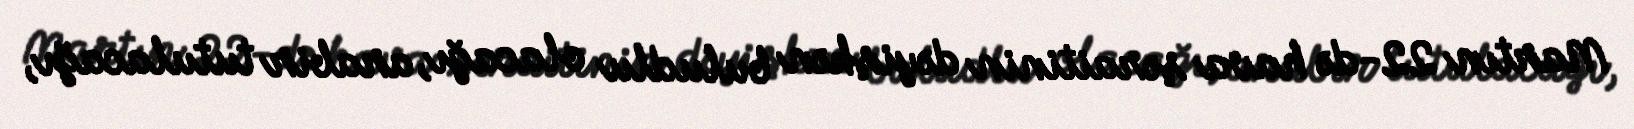
Martın 22-də hava şəraitinin dəyişkən buludlu olacağı, arabir tutulacağı,